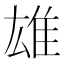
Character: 雄